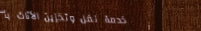
خدمة نقل وتخزين الأثاث بأ